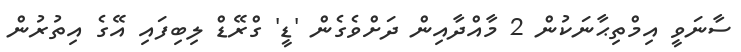
ސާނަވީ އިމްތިޙާނަކުން 2 މާއްދާއިން ދަށްވެގެން 'ޑީ' ގްރޭޑް ލިބިފައި އޭގެ އިތުރުން